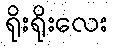
ရိုးရိုးလေး